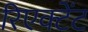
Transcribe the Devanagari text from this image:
रिएक्टेंट